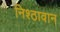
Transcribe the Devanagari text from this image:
निश्ठावान